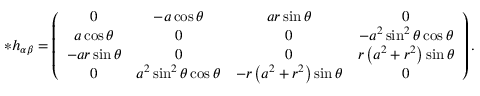
* h _ { \alpha \beta } = \left( \begin{array} { c c c c } { 0 } & { - a \cos \theta } & { a r \sin \theta } & { 0 } \\ { a \cos \theta } & { 0 } & { 0 } & { - a ^ { 2 } \sin ^ { 2 } \theta \cos \theta } \\ { - a r \sin \theta } & { 0 } & { 0 } & { r \left( a ^ { 2 } + r ^ { 2 } \right) \sin \theta } \\ { 0 } & { a ^ { 2 } \sin ^ { 2 } \theta \cos \theta } & { - r \left( a ^ { 2 } + r ^ { 2 } \right) \sin \theta } & { 0 } \end{array} \right) .